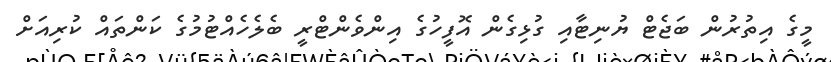
މީގެ އިތުރުން ބަޖެޓް ޔުނިޓާއި ގުޅިގެން އޮފީހުގެ އިންވެންޓްރީ ބެލެހެއްޓުމުގެ ކަންތައް ކުރިއަށް